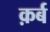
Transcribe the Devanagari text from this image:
क़र्ब